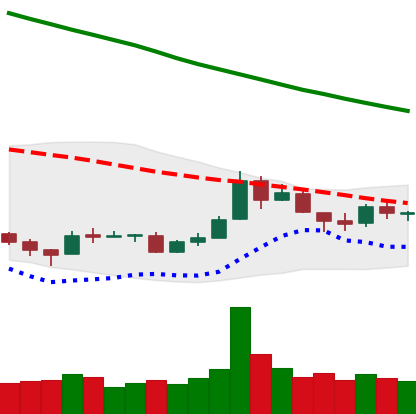
Ticker: TRX-USD
Chart end date: 2018-09-29
Forward return: 3.032%
Label: up_3_5